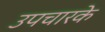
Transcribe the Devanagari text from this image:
उपचारके